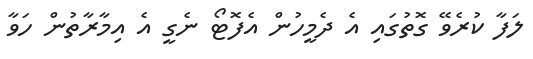
ލަފާ ކުރެވޭ ގޮތުގައި އެ ދެމީހުން އެފޮޓޯ ނެގީ އެ އިމާރާތުން ހަވާ